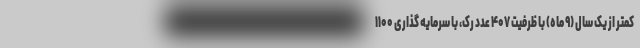
کمتر از یک سال (۹ ماه) با ظرفیت ۴۰۷ عدد رک، با سرمایه گذاری ۱۱۰۰